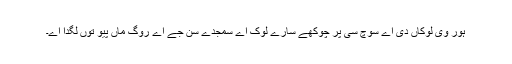
ہور وی لوکاں دی اے سوچ سی پر چوکھے سارے لوک اے سمجدے سن جے اے روگ ماں پیو توں لگدا اے۔